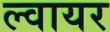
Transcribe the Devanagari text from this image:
ल्वायर